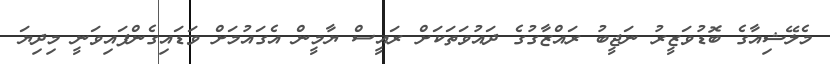
މެލޭޝިއާގެ ބޮޑުވަޒީރު ނަޖީބު ރައްޒާގުގެ ދައުވަތަކަށް ރައީސް ޔާމީން އެގައުމަށް ވަޑައިގެންފައިވަނީ މިދިޔަ